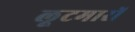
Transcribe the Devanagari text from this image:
लूटमारों